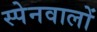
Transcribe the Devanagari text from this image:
स्पेनवालों